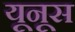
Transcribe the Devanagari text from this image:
यूनूस